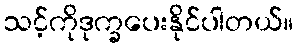
သင့်ကိုဒုက္ခပေးနိုင်ပါတယ်။